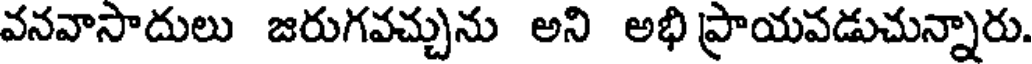
వనవాసాదులు జరుగవచ్చును అని అభి ప్రాయవడుచున్నారు.